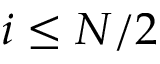
i \leq N / 2